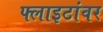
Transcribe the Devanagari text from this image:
फ्लाइटांवर